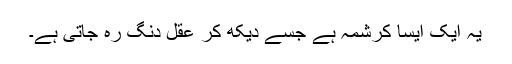
یہ ایک ایسا کرشمہ ہے جسے دیکھ کر عقل دنگ رہ جاتی ہے۔